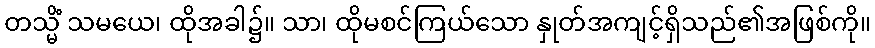
တသ္မိံ သမယေ၊ ထိုအခါ၌။ သာ၊ ထိုမစင်ကြယ်သော နှုတ်အကျင့်ရှိသည်၏အဖြစ်ကို။